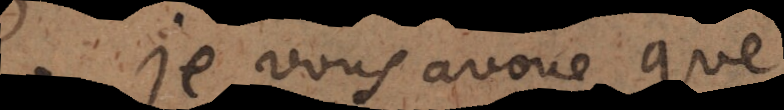
Je vous avoue que